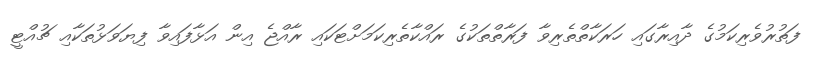
ފަތުރުވެރިކަމުގެ ދާއިރާގައި ހަރަކާތްތެރިވާ ފަރާތްތަކުގެ ރައްކާތެރިކަަމަށްޓަކައި ރާއްޖެ އިން އަޅާފައިވާ ފިޔަވަޅުތަކާއި ޗުއްޓީ